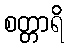
စတ္တာရိ